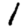
Digit: 1